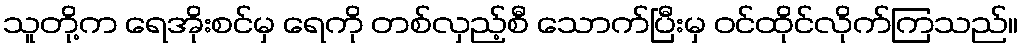
သူတို့က ရေအိုးစင်မှ ရေကို တစ်လှည့်စီ သောက်ပြီးမှ ဝင်ထိုင်လိုက်ကြသည်။